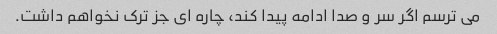
می ترسم اگر سر و صدا ادامه پیدا کند، چاره ای جز ترک نخواهم داشت.